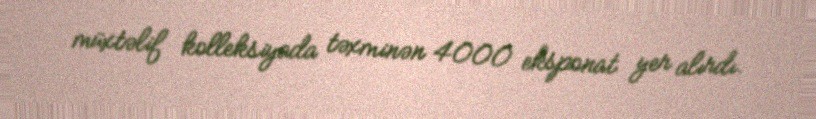
müxtəlif kolleksiyada təxminən 4000 eksponat yer alırdı.